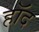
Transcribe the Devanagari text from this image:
हॉद